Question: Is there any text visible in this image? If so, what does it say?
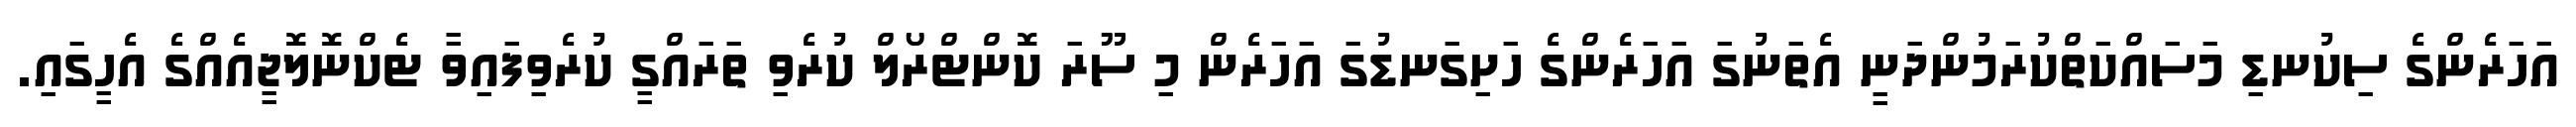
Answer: އަހަރެންގެ ސިކުނޑި މަސައްކަތްކުރަމުންދަނީ އެތަނުގަ އަހަރެންގެ ހަށިގަނޑުގަ އަހަރެން މި ސޫރަ ކޮންޓްރޯލް ކުރެވި ތަރައްގީ ކުރެވިފައިވާ ޓެކްނޮލޮޖީއެއްގެ އެހީގައި.